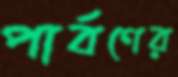
পার্বণের